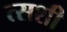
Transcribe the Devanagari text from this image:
त्सशी